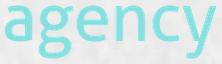
agency